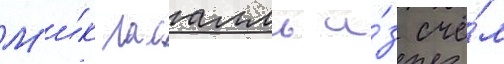
М'и́к ласалль и́з счё́л